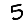
Digit: 5